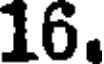
16.